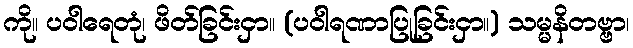
ကို။ ပဝါရေတုံ၊ ဖိတ်ခြင်းငှာ။ (ပဝါရဏာပြုခြင်းငှာ။) သမ္မနိတဗ္ဗာ၊